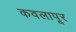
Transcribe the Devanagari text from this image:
कवलापूर